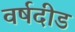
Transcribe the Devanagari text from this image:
वर्षदीड